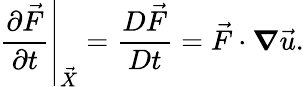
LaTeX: \left.\frac{\partial\vec{F}}{\partial t}\right|_{\vec{X}}=\frac{D\vec{F}}{Dt}=\vec{F}\cdot\boldsymbol{\mathbf{\nabla}}\vec{u}.